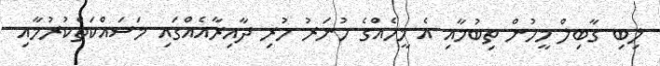
ލިބި ގާބިލް މީހުން ތިބުމާއި އެ މީހެއްގެ ހުނަރު ހުރި ދާއިރާއެއްގައި މަސައްކަތްކުރުމާއި